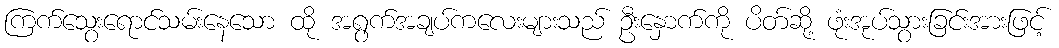
ကြက်သွေးရောင်သမ်းနေသော ထို အရွက်အချပ်ကလေးများသည် ဦးနှောက်ကို ပိတ်ဆို့ ဖုံးအုပ်သွားခြင်းအားဖြင့်